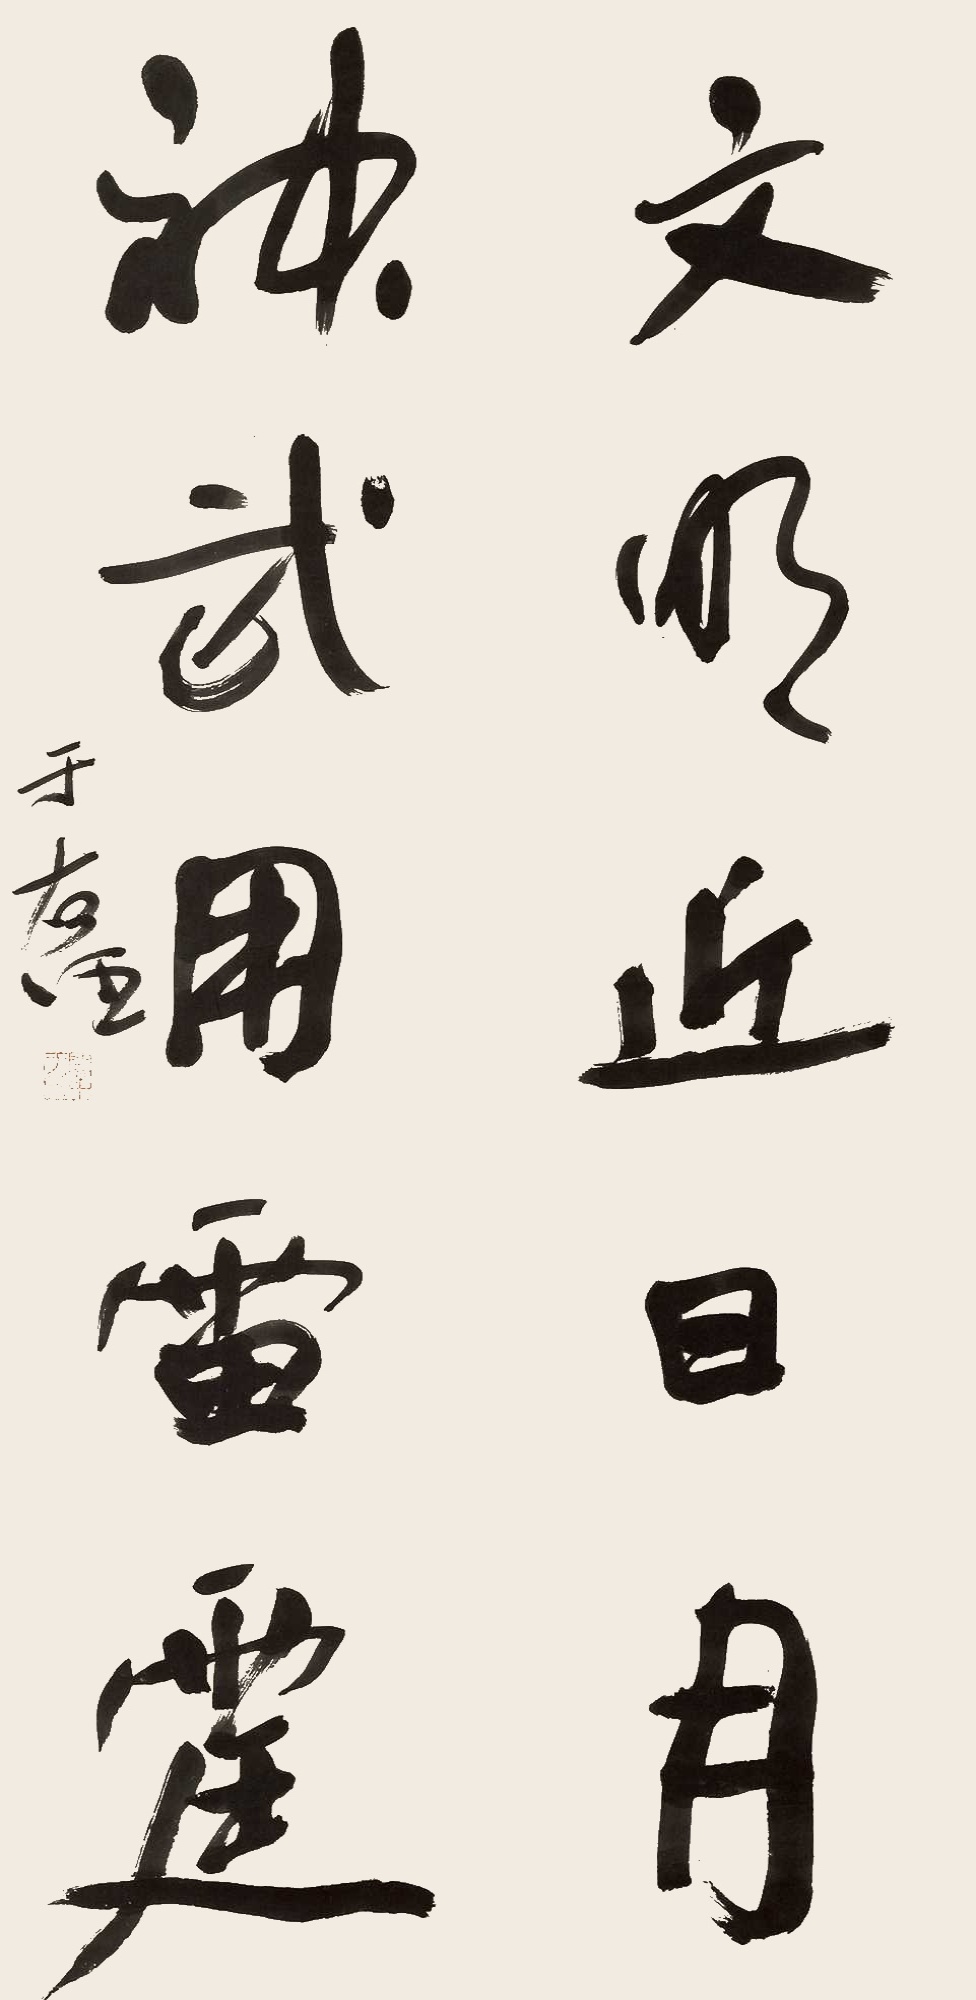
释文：文明近日月，神武用雷霆。于右任。